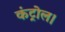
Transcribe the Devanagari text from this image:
कंट्रोल।